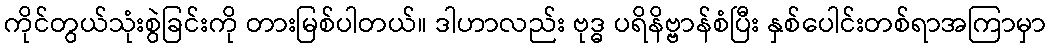
ကိုင်တွယ်သုံးစွဲခြင်းကို တားမြစ်ပါတယ်။ ဒါဟာလည်း ဗုဒ္ဓ ပရိနိဗ္ဗာန်စံပြီး နှစ်ပေါင်းတစ်ရာအကြာမှာ